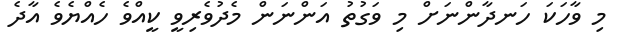
މި ވާހަކަ ހަނދާންނަށް މި ވަގުތު އަންނަން މެދުވެރިވީ ކީއްވެ ހެއްޔެވެ އާދެ